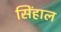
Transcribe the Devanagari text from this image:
सिंहाल